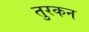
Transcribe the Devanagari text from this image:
तुरकन